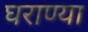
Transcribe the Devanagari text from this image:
घराण्या